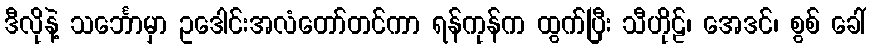
ဒီလိုနဲ့ သင်္ဘောမှာ ဥဒေါင်းအလံတော်တင်ကာ ရန်ကုန်က ထွက်ပြီး သီဟိုဠ်၊ အေဒင်၊ စွစ် ခေါ်